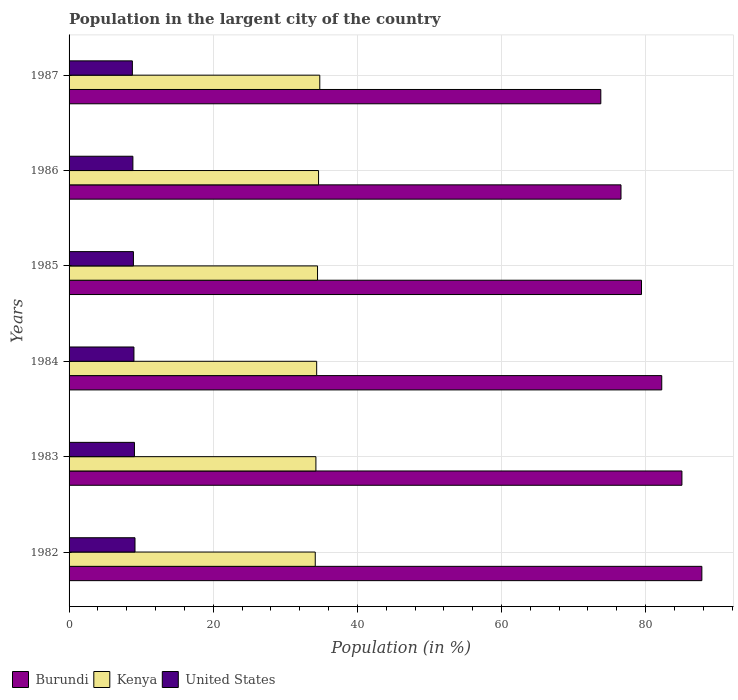
| Years | Burundi | Kenya | United States |
 | --- | --- | --- | --- |
 | 1982 | 87.8 | 34.2 | 9.15 |
 | 1983 | 85 | 34.3 | 9.07 |
 | 1984 | 82.2 | 34.4 | 9 |
 | 1985 | 79.4 | 34.5 | 8.93 |
 | 1986 | 76.6 | 34.6 | 8.86 |
 | 1987 | 73.8 | 34.8 | 8.78 |